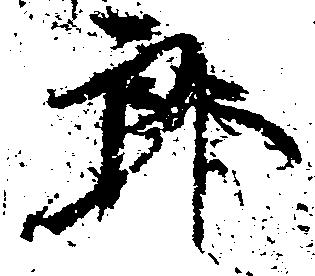
郎